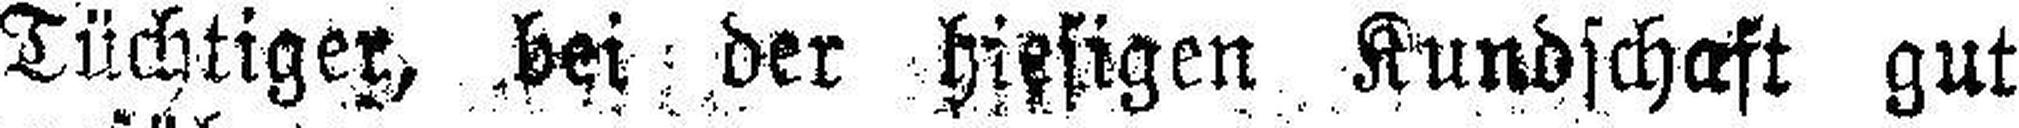
Tüchtiger, bei der hiegen Kundschaft gut